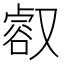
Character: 㕡